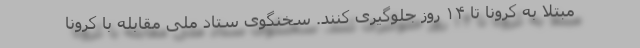
مبتلا به کرونا تا ۱۴ روز جلوگیری کنند. سخنگوی ستاد ملی مقابله با کرونا